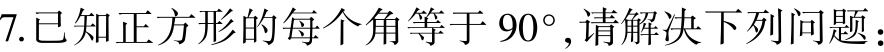
7.已知正方形的每个角等于 \(90^{\circ}\),请解决下列问题：